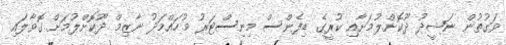
ވަގުތުން ނަޝީދު ދޫކޮށްލުމަށާއި ކުރީގެ ޑިފެންސް މިނިސްޓަރު މުހައްމަދު ނާޒިމް ދޫކޮށްލުމަށް ގޮވާލައި